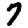
Digit: 7